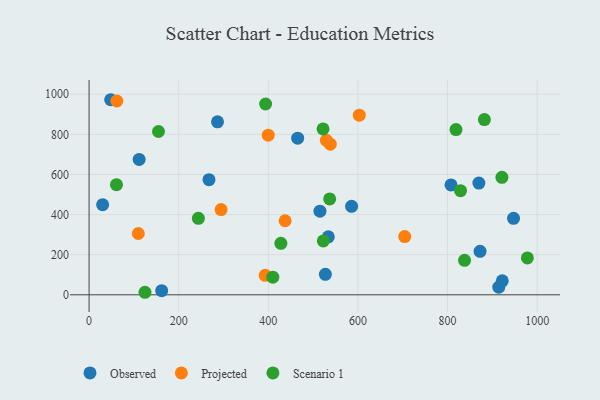
{"axis": {"x": "Price", "y": "Sales"}, "legend": ["Observed", "Projected", "Scenario 1"], "data": [{"x": "807.7", "y": 547.9, "type": "Observed"}, {"x": "947.2", "y": 381.1, "type": "Observed"}, {"x": "533.9", "y": 288.8, "type": "Observed"}, {"x": "465.5", "y": 780.8, "type": "Observed"}, {"x": "585.8", "y": 440.9, "type": "Observed"}, {"x": "527.3", "y": 102.0, "type": "Observed"}, {"x": "922.1", "y": 69.5, "type": "Observed"}, {"x": "267.6", "y": 574.1, "type": "Observed"}, {"x": "48.2", "y": 972.5, "type": "Observed"}, {"x": "872.5", "y": 216.5, "type": "Observed"}, {"x": "515.2", "y": 416.7, "type": "Observed"}, {"x": "111.7", "y": 674.9, "type": "Observed"}, {"x": "914.3", "y": 37.9, "type": "Observed"}, {"x": "869.9", "y": 557.1, "type": "Observed"}, {"x": "286.6", "y": 862.1, "type": "Observed"}, {"x": "162.0", "y": 20.8, "type": "Observed"}, {"x": "30.2", "y": 449.3, "type": "Observed"}, {"x": "399.8", "y": 795.6, "type": "Projected"}, {"x": "437.4", "y": 369.2, "type": "Projected"}, {"x": "529.5", "y": 770.0, "type": "Projected"}, {"x": "109.8", "y": 305.6, "type": "Projected"}, {"x": "294.6", "y": 425.1, "type": "Projected"}, {"x": "704.4", "y": 290.3, "type": "Projected"}, {"x": "603.0", "y": 895.3, "type": "Projected"}, {"x": "538.3", "y": 750.7, "type": "Projected"}, {"x": "61.9", "y": 966.1, "type": "Projected"}, {"x": "393.0", "y": 97.1, "type": "Projected"}, {"x": "124.7", "y": 12.6, "type": "Scenario 1"}, {"x": "828.9", "y": 519.3, "type": "Scenario 1"}, {"x": "61.1", "y": 549.0, "type": "Scenario 1"}, {"x": "428.0", "y": 256.8, "type": "Scenario 1"}, {"x": "522.1", "y": 826.9, "type": "Scenario 1"}, {"x": "243.9", "y": 381.5, "type": "Scenario 1"}, {"x": "393.9", "y": 951.1, "type": "Scenario 1"}, {"x": "410.0", "y": 87.9, "type": "Scenario 1"}, {"x": "837.9", "y": 172.0, "type": "Scenario 1"}, {"x": "818.8", "y": 823.6, "type": "Scenario 1"}, {"x": "921.3", "y": 585.4, "type": "Scenario 1"}, {"x": "978.1", "y": 183.9, "type": "Scenario 1"}, {"x": "154.9", "y": 814.2, "type": "Scenario 1"}, {"x": "536.9", "y": 477.9, "type": "Scenario 1"}, {"x": "522.7", "y": 268.8, "type": "Scenario 1"}, {"x": "882.2", "y": 873.5, "type": "Scenario 1"}]}